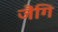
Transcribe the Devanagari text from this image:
जैंगि